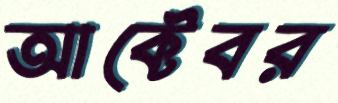
আক্টেবর